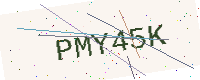
Text: PMY45K